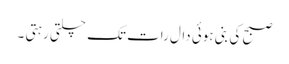
صبح کی بنی ہوئی دال رات تک چلتی رہتی ۔